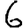
Digit: 6